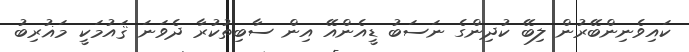
ކައިވެނިންބޭރުން ލިބޭ ކުދިންގެ ނަސަބު ޑީއެންއޭ އިން ސާބިތުކުރާ ދެވަނަ ޤައުމަކީ މަޣުރިބު